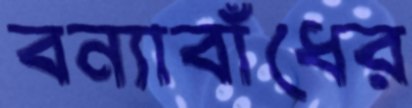
বন্যাবাঁধের